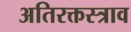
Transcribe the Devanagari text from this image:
अतिरक्तस्त्राव